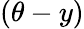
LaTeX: (\theta-y)